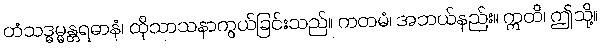
တံသဒ္ဓမ္မန္တရဓာနံ၊ ထိုသာသနာကွယ်ခြင်းသည်။ ကတမံ၊ အဘယ်နည်း။ ဣတိ၊ ဤသို့။